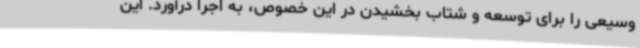
وسیعی را برای توسعه و شتاب بخشیدن در این خصوص، به اجرا درآورد. این